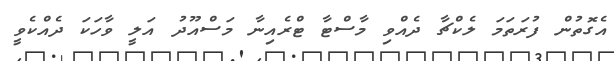
އެގޮތުން ފުރަތަމަ ލެކްޗާ ދެއްވި މާސްޓާ ޓްރެއިނާ މަސްއޫދު އަލީ ވާހަކަ ދެއްކެވީ